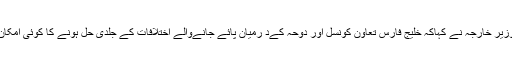
کویت کے نائب وزیر خارجہ نے کہاکہ خلیج فارس تعاون کونسل اور دوحہ کےد رمیان پائے جانےوالے اختلافات کے جلدی حل ہونے کا کوئی امکان موجود نہیں ہے۔